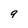
Character: 9